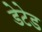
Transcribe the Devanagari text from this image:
डेटेड